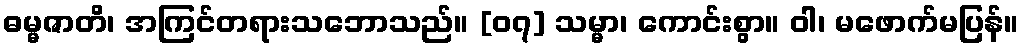
ဓမ္မဇာတိ၊ အကြင်တရားသဘောသည်။ [၀၇] သမ္မာ၊ ကောင်းစွာ။ ဝါ၊ မဖောက်မပြန်။